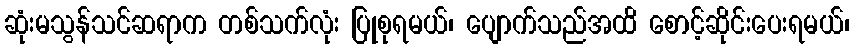
ဆုံးမသွန်သင်ဆရာက တစ်သက်လုံး ပြုစုရမယ်၊ ပျောက်သည်အထိ စောင့်ဆိုင်းပေးရမယ်၊